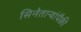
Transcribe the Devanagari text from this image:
सिनेताऱ्यांपैकी